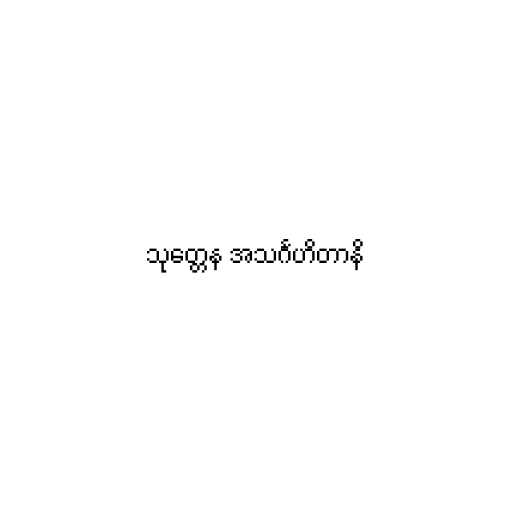
သုတ္တေန အသင်္ဂဟိတာနိ